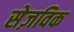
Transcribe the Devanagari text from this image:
सेज़विक